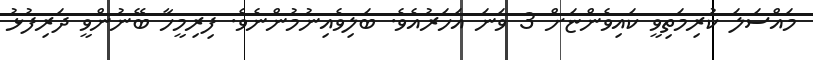
މައްސަލަ ކުރިމަތިވީ ކައިވެންޏަށް 3 ވަނަ އަހަރުއެވެ. ބަލިވެއިނުމުންނެވެ. ފިރިމީހާ ބޭނުންވީ ދަރިފުޅު